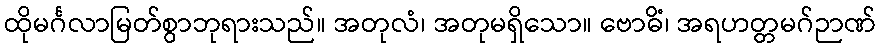
ထိုမင်္ဂလာမြတ်စွာဘုရားသည်။ အတုလံ၊ အတုမရှိသော။ ဗောဓိံ၊ အရဟတ္တမဂ်ဉာဏ်